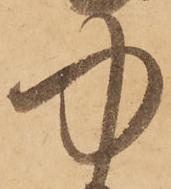
中